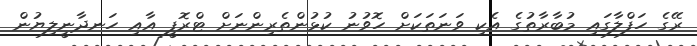
ރޭގެ ހަފްލާގައި މުބާރާތުގެ އެކި ވަނަތަކަށް ހޮވުނު ކުޅުންތެރިންނަށް ޓްރޮފީ އާއި ހަނދާނީލިޔުން